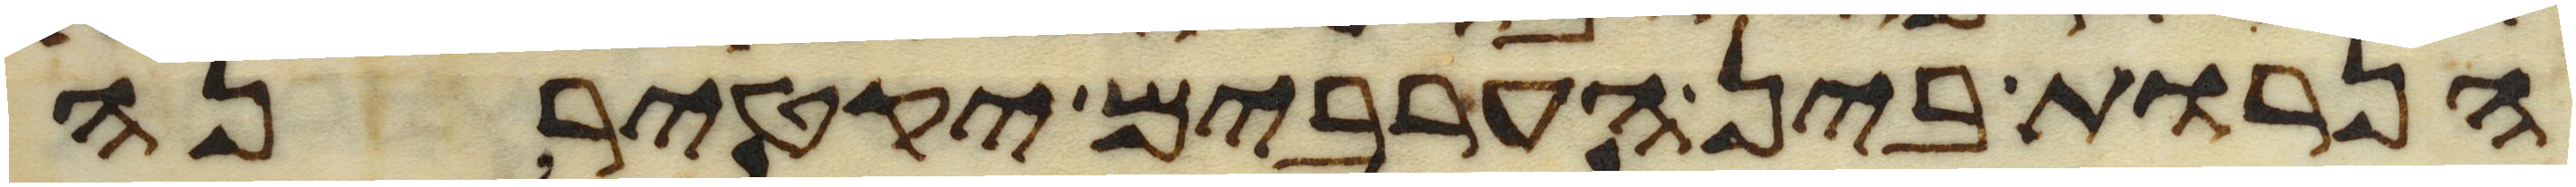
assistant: הנרות בין הערבים יקטירנה